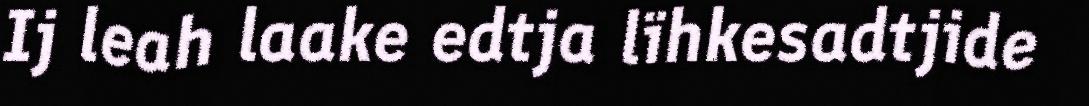
Ij leah laake edtja lïhkesadtjide